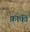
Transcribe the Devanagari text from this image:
क़ाफी